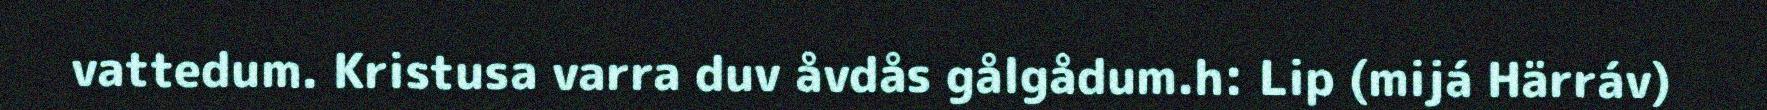
vattedum. Kristusa varra duv åvdås gålgådum.h: Lip (mijá Härráv)